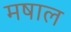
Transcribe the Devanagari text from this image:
मषाल